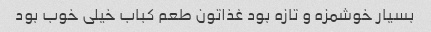
بسیار خوشمزه و تازه بود غذاتون طعم کباب خیلی خوب بود